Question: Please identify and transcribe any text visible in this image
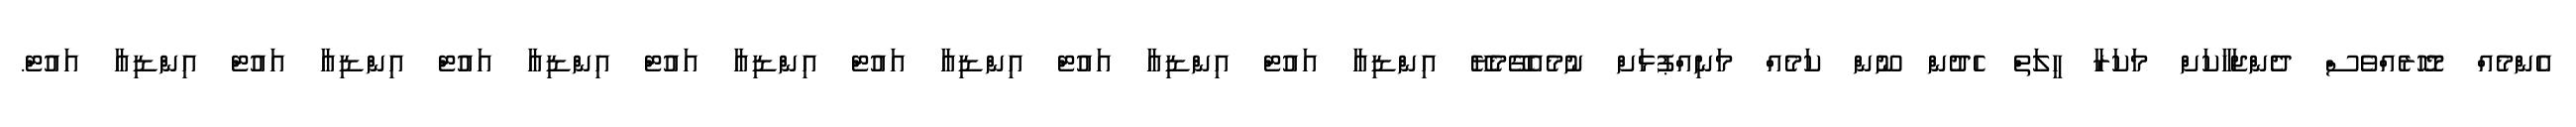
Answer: އެންމެއް މޮހޮރެއްވެސް ދެންޖަހާކަށް މަކަރާ ހީލަތް ހެދުން ނޫން ކަމެއް މަނިއްޕުޅަށް ނުމެއެގޭމެޔޭ އިންޑިއާ އައުޓް އިންޑިއާ އައުޓް އިންޑިއާ އައުޓް އިންޑިއާ އައުޓް އިންޑިއާ އައުޓް އިންޑިއާ އައުޓް އިންޑިއާ އައުޓް.